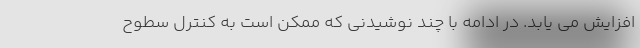
افزایش می یابد. در ادامه با چند نوشیدنی که ممکن است به کنترل سطوح